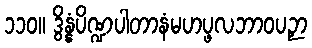
၁၁၀။ ဒွိန္နံပိဏ္ဍပါတာနံမဟပ္ဖလဘာဝပဉှာ